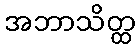
အဘာသိတ္ထ